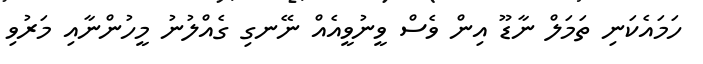
ހަމައެކަނި ތަމަލް ނާޑޫ އިން ވެސް ވީނުވީއެއް ނޭނގި ގެއްލުނު މީހުންނާއި މަރުވި